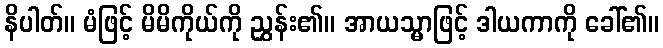
နိပါတ်။ မံဖြင့် မိမိကိုယ်ကို ညွှန်း၏။ အာယသ္မာဖြင့် ဒါယကာကို ခေါ်၏။